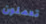
تعملون